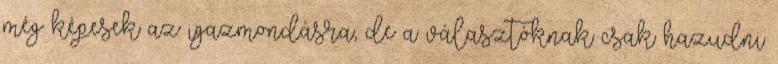
még képesek az igazmon­dásra, de a választóknak csak hazudni